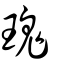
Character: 瑰